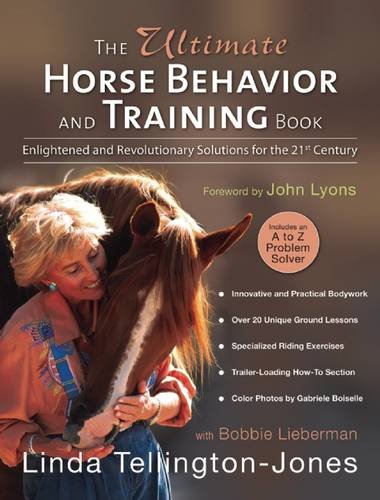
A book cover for The Ultimate Horse Behavior and Training Book: Enlightened and Revolutionary Solutions for the 21st Century; Linda Tellington-Jones; Crafts, Hobbies & Home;